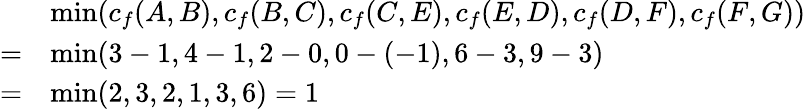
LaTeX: {\begin{array}{rl}&{\operatorname*{min}(c_{f}(A,B),c_{f}(B,C),c_{f}(C,E),c_{f}(E,D),c_{f}(D,F),c_{f}(F,G))}\\ {=}&{\operatorname*{min}(3-1,4-1,2-0,0-(-1),6-3,9-3)}\\ {=}&{\operatorname*{min}(2,3,2,1,3,6)=1}\end{array}}